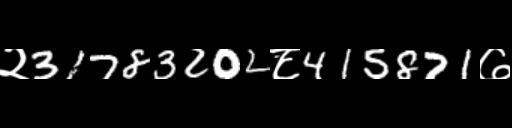
Text: २31783202८415871७